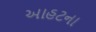
આહટના